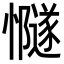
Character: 𢤸